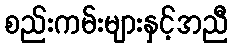
စည်းကမ်းများနှင့်အညီ